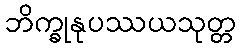
ဘိက္ခုနုပဿယသုတ္တ